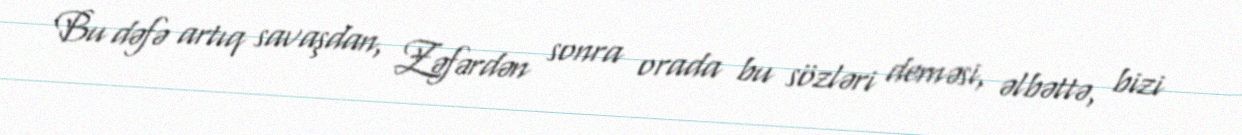
Bu dəfə artıq savaşdan, Zəfərdən sonra orada bu sözləri deməsi, əlbəttə, bizi